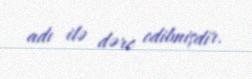
adı ilə dərc edilmişdir.